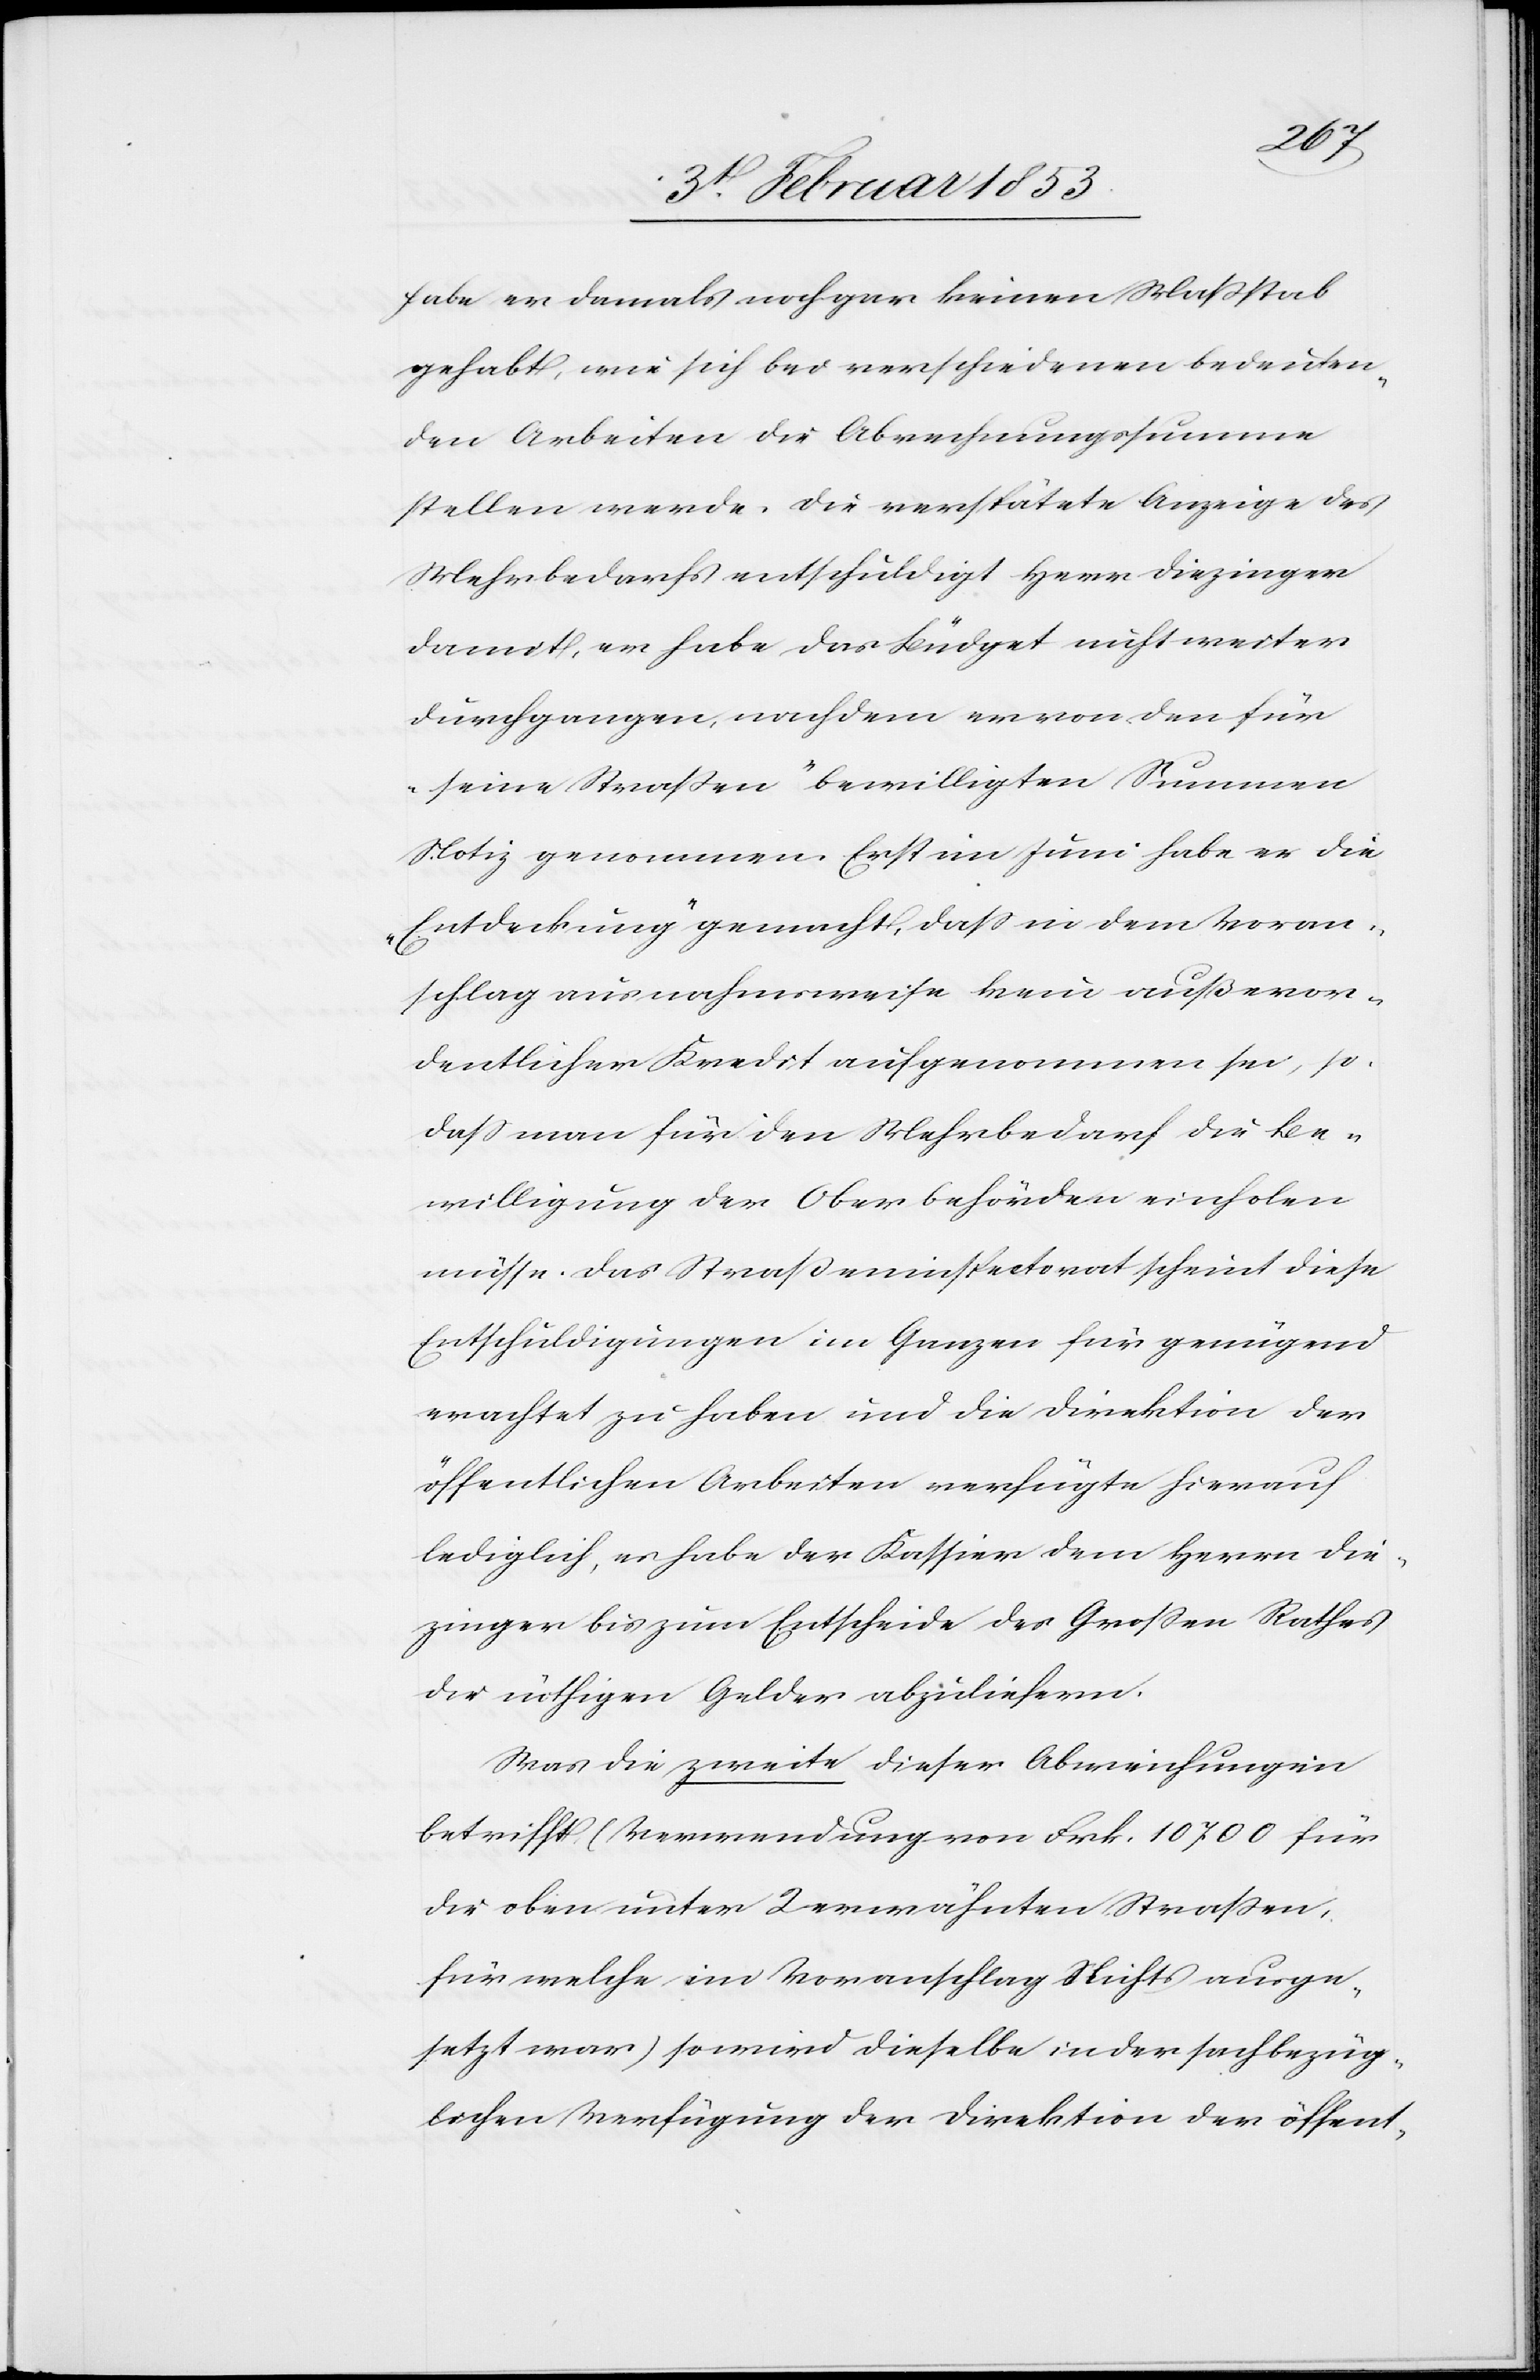
habe er damals noch gar keinen Maßstab
gehabt, wie sich bei verschiedenen bedeuten¬
den Arbeiten die Abrechnungssumme
stellen werde. Die verspätete Anzeige des
Mehrbedarfs entschuldigt Herr Diezinger
damit, er habe das Büdget nicht weiter
durchgangen, nachdem er von den für
„seine Straßen“ bewilligten Summen
Notiz genommen. Erst im Juni habe er die
„Entdeckung“ gemacht, daß in dem Voran¬
schlag ausnahmsweise kein außeror¬
dentlicher Kredit aufgenommen sei, so
daß man für den Mehrbedarf die Be¬
willigung der Oberbehörden einholen
müsse. Das Straßeninspektorat scheint diese
Entschuldigungen im Ganzen für genügend
erachtet zu haben und die Direktion der
öffentlichen Arbeiten verfügte hierauf
lediglich, es habe der Kassier dem Herrn Die¬
zinger bis zum Entscheide des Großen Rathes
die nöthigen Gelder abzuliefern.
Was die zweite dieser Abweichungen
betrifft (Verwendungen von Frk. 10,700 für
die oben unter 2 erwähnten Straßen
für welche im Voranschlag Nichts ausge¬
setzt war) so wird dieselbe in der sachbezüg¬
lichen Verfügung der Direktion der öffent-